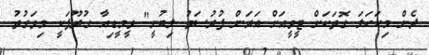
ދެން މިކަހަލަ ގޮތަކަށް ޓީވީއަށް އަރަން ފުރުސަތު ލިބުނީ" ވީމީޑިއާ ގުރޫޕަކީ މިވަގުތު